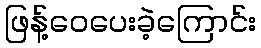
ဖြန့်ဝေပေးခဲ့ကြောင်း